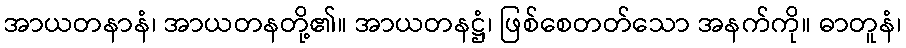
အာယတနာနံ၊ အာယတနတို့၏။ အာယတနဋ္ဌံ၊ ဖြစ်စေတတ်သော အနက်ကို။ ဓာတူနံ၊